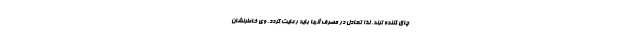
چاق کننده ترند. لذا تعادل در مصرف آنها باید رعایت گردد. وی خاطرنشان